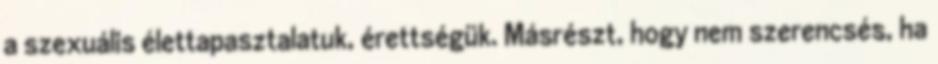
a szexuális élettapasztalatuk, érettségük. Másrészt, hogy nem szerencsés, ha